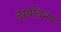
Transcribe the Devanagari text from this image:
दायविभाग